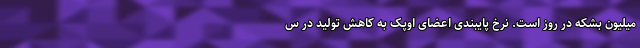
میلیون بشکه در روز است. نرخ پایبندی اعضای اوپک به کاهش تولید در س